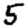
Digit: 5